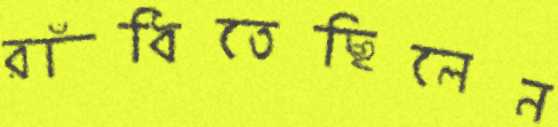
রাঁধিতেছিলেন